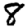
Digit: 8